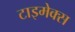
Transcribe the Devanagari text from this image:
टाइमेक्स